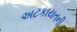
અટકાયતની